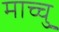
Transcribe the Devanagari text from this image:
माच्चु